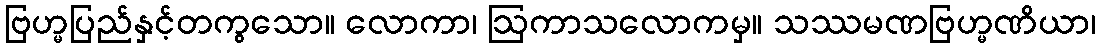
ဗြဟ္မပြည်နှင့်တကွသော။ လောကာ၊ ဩကာသလောကမှ။ သဿမဏဗြဟ္မဏိယာ၊